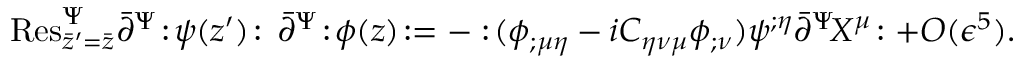
\mathrm { R e s } _ { \bar { z } ^ { \prime } = \bar { z } } ^ { \Psi } \bar { \partial } ^ { \Psi } \! : \! \psi ( z ^ { \prime } ) \! : \, \bar { \partial } ^ { \Psi } \! : \! \phi ( z ) \! : = - : \! ( \phi _ { ; \mu \eta } - i C _ { \eta \nu \mu } \phi _ { ; \nu } ) \psi ^ { ; \eta } \bar { \partial } ^ { \Psi } \! X ^ { \mu } \! : + O ( \epsilon ^ { 5 } ) .